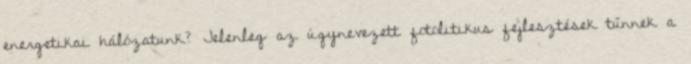
energetikai hálózatunk? Jelenleg az úgynevezett fotolitikus fejlesztések tűnnek a